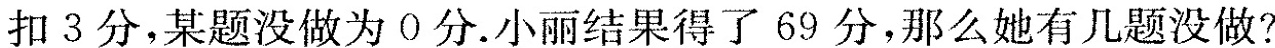
扣3分，某题没做为0分。小丽结果得了69分，那么她有几题没做?